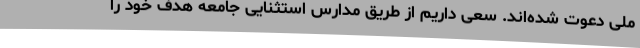
ملی دعوت شده‌اند. سعی داریم از طریق مدارس استثنایی جامعه هدف خود را